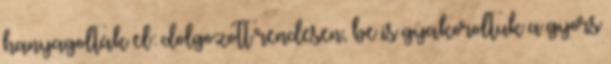
hanyagolták el: dolgozott rendesen, be is gyakoroltuk a gyors